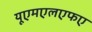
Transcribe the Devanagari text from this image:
यूएमएलएफए